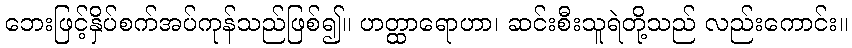
ဘေးဖြင့်နှိပ်စက်အပ်ကုန်သည်ဖြစ်၍။ ဟတ္ထာရောဟာ၊ ဆင်းစီးသူရဲတို့သည် လည်းကောင်း။